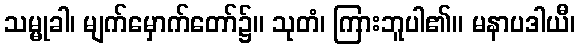
သမ္မုခါ၊ မျက်မှောက်တော်၌။ သုတံ၊ ကြားဘူပါ၏။ မနာပဒါယီ၊